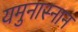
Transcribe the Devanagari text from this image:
यमुनास्नान